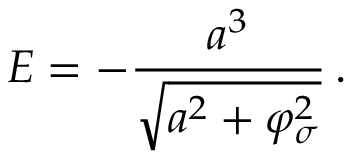
E = - \frac { a ^ { 3 } } { \sqrt { a ^ { 2 } + \varphi _ { \sigma } ^ { 2 } } } \, .